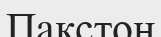
Пакстон